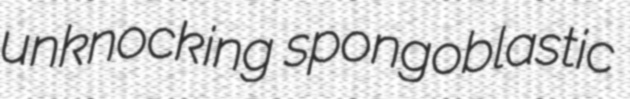
unknocking spongoblastic